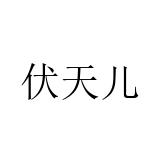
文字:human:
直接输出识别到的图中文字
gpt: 伏天儿